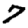
Digit: 7